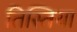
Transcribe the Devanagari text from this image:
तिस्तिया